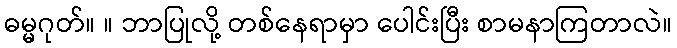
ဓမ္မဂုတ်။ ။ ဘာပြုလို့ တစ်နေရာမှာ ပေါင်းပြီး စာမနာကြတာလဲ။